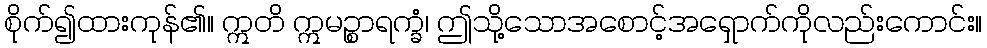
စိုက်၍ထားကုန်၏။ ဣတိ ဣမဉ္စာရက္ခံ၊ ဤသို့သောအစောင့်အရှောက်ကိုလည်းကောင်း။